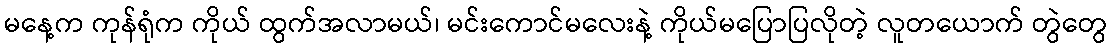
မနေ့က ကုန်ရုံက ကိုယ် ထွက်အလာမယ်၊ မင်းကောင်မလေးနဲ့ ကိုယ်မပြောပြလိုတဲ့ လူတယောက် တွဲတွေ